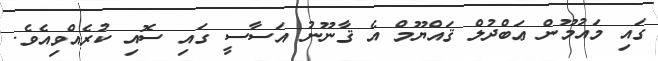
ގައި މައުމޫން ޢަބްދުލް ޤައްޔޫމް އެ ޤާނޫނު އަސާސީ ގައި ސޮއި ކުރެއްވިއެވެ.